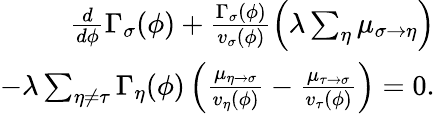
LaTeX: \begin{array}{r}{\frac{d}{d\phi}\Gamma_{\sigma}(\phi)+\frac{\Gamma_{\sigma}(\phi)}{v_{\sigma}(\phi)}\left(\lambda\sum_{\eta}\mu_{\sigma\to\eta}\right)}\\ {-\lambda\sum_{\eta\neq\tau}\Gamma_{\eta}(\phi)\left(\frac{\mu_{\eta\to\sigma}}{v_{\eta}(\phi)}-\frac{\mu_{\tau\to\sigma}}{v_{\tau}(\phi)}\right)=0.}\end{array}